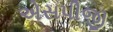
એસપીજી